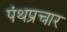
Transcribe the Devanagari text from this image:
पंथप्रचार